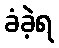
ခံခဲ့ရ